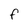
Character: F